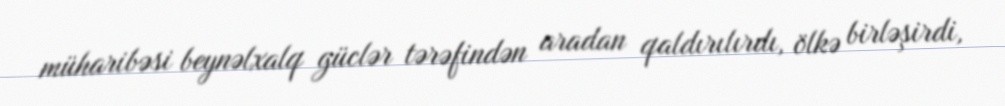
müharibəsi beynəlxalq güclər tərəfindən aradan qaldırılırdı, ölkə birləşirdi,